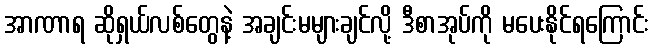
အာဏာရ ဆိုရှယ်လစ်တွေနဲ့ အချင်းမများချင်လို့ ဒီစာအုပ်ကို မပေးနိုင်ရကြောင်း